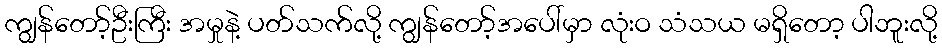
ကျွန်တော့်ဦးကြီး အမှုနဲ့ ပတ်သက်လို့ ကျွန်တော့်အပေါ်မှာ လုံးဝ သံသယ မရှိတော့ ပါဘူးလို့